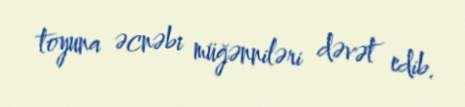
toyuna əcnəbi müğənniləri dəvət edib.